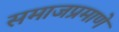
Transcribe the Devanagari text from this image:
समाजप्रमाणे